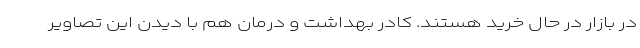
در بازار در حال خرید هستند. کادر بهداشت و درمان هم با دیدن این تصاویر